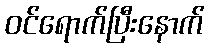
ဝင်ရောက်ပြီးနောက်